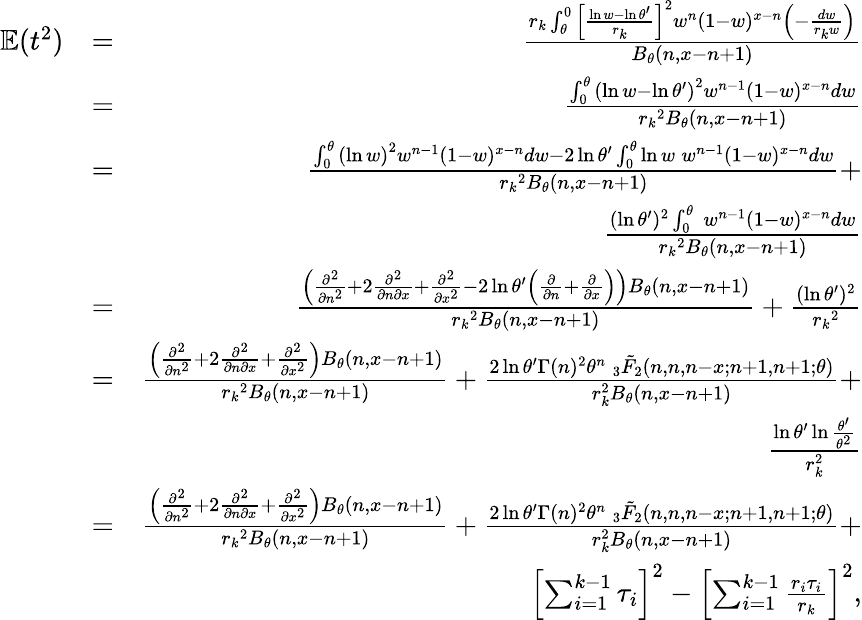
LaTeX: \begin{array}{rlr}{\mathbb{E}(t^{2})}&{=}&{\frac{r_{k}\int_{\theta}^{0}\Big[\frac{\ln w-\ln\theta^{\prime}}{r_{k}}\Big]^{2}w^{n}(1-w)^{x-n}\Big(-\frac{dw}{r_{k}w}\Big)}{B_{\theta}(n,x-n+1)}}\\ &{=}&{\frac{\int_{0}^{\theta}\left(\ln w-\ln\theta^{\prime}\right)^{2}w^{n-1}(1-w)^{x-n}dw}{{r_{k}}^{2}B_{\theta}(n,x-n+1)}}\\ &{=}&{\frac{\int_{0}^{\theta}\left(\ln w\right)^{2}w^{n-1}(1-w)^{x-n}dw-2\ln\theta^{\prime}\int_{0}^{\theta}\ln w\: w^{n-1}(1-w)^{x-n}dw}{{r_{k}}^{2}B_{\theta}(n,x-n+1)}+}\\ &{}&{\frac{(\ln\theta^{\prime})^{2}\int_{0}^{\theta}\: w^{n-1}(1-w)^{x-n}dw}{{r_{k}}^{2}B_{\theta}(n,x-n+1)}}\\ &{=}&{\frac{\Big(\frac{\partial^{2}}{\partial n^{2}}+2\frac{\partial^{2}}{\partial n\partial x}+\frac{\partial^{2}}{\partial x^{2}}-2\ln\theta^{\prime}\Big(\frac{\partial}{\partial n}+\frac{\partial}{\partial x}\Big)\Big)B_{\theta}(n,x-n+1)}{{r_{k}}^{2}B_{\theta}(n,x-n+1)}+\frac{(\ln\theta^{\prime})^{2}}{{r_{k}}^{2}}}\\ &{=}&{\frac{\Big(\frac{\partial^{2}}{\partial n^{2}}+2\frac{\partial^{2}}{\partial n\partial x}+\frac{\partial^{2}}{\partial x^{2}}\Big)B_{\theta}(n,x-n+1)}{{r_{k}}^{2}B_{\theta}(n,x-n+1)}+\frac{2\ln\theta^{\prime}\Gamma(n)^{2}{\theta}^{n}\: _{3}\tilde{F}_{2}(n,n,n-x;n+1,n+1;\theta)}{r_{k}^{2}B_{\theta}(n,x-n+1)}+}\\ &{}&{\frac{\ln\theta^{\prime}\ln\frac{\theta^{\prime}}{{\theta}^{2}}}{r_{k}^{2}}}\\ &{=}&{\frac{\Big(\frac{\partial^{2}}{\partial n^{2}}+2\frac{\partial^{2}}{\partial n\partial x}+\frac{\partial^{2}}{\partial x^{2}}\Big)B_{\theta}(n,x-n+1)}{{r_{k}}^{2}B_{\theta}(n,x-n+1)}+\frac{2\ln\theta^{\prime}\Gamma(n)^{2}{\theta}^{n}\: _{3}\tilde{F}_{2}(n,n,n-x;n+1,n+1;\theta)}{r_{k}^{2}B_{\theta}(n,x-n+1)}+}\\ &{}&{\left[\sum_{i=1}^{k-1}\tau_{i}\right]^{2}-\left[\sum_{i=1}^{k-1}\frac{r_{i}\tau_{i}}{r_{k}}\right]^{2},}\end{array}